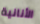
الأنانية